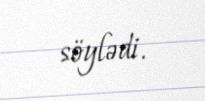
söylədi.